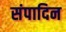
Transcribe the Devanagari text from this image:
संपादिन